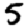
Digit: 5